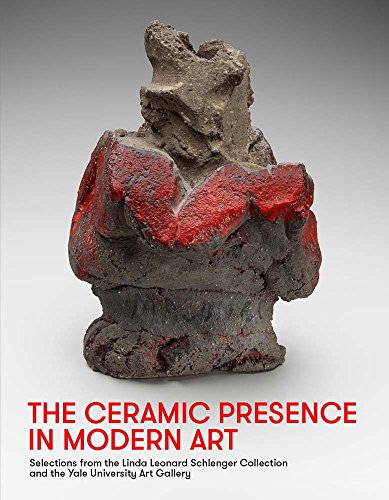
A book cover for The Ceramic Presence in Modern Art: Selections from the Linda Leonard Schlenger Collection and the Yale University Art Gallery; Sequoia Miller; Crafts, Hobbies & Home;